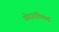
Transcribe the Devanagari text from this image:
गोदारविवर्मा